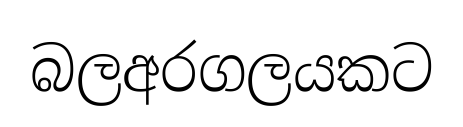
බලඅරගලයකට